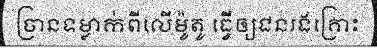
ច្រានទម្លាក់ពីលើម៉ូតូ ធ្វើឲ្យជនរងគ្រោះ